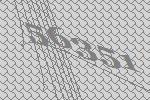
56351